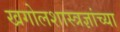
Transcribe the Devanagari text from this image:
खगोलशास्त्रज्ञांच्या